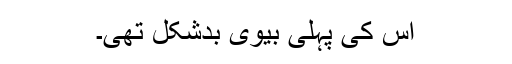
اس کی پہلی بیوی بدشکل تھی۔